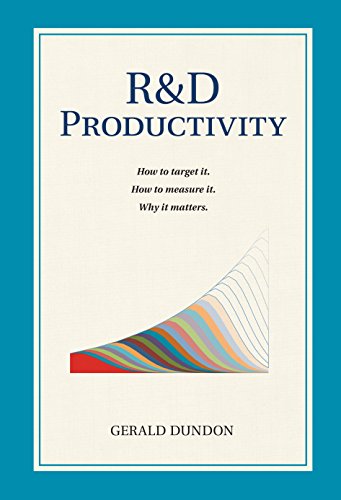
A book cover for R&D Productivity: How to target it,. How to measure it. Why it matters..; Gerald P Dundon; Business & Money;